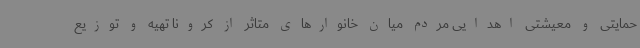
حمایتی و معیشتی اهدایی مردم میان خانوارهای متاثر از کرونا تهیه و توزیع